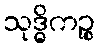
သုဒ္ဓိကဉ္စ